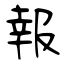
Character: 報